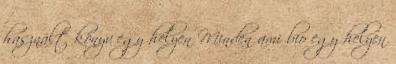
használt könyv egy helyen Minden ami bio egy helyen